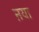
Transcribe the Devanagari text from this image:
ऩया